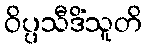
ဝိပ္ပသီဒိံသူတိ